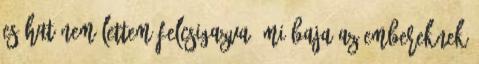
es hat nem lettem felcsigazva. mi baja az embereknek